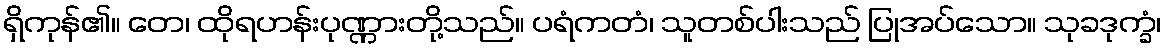
ရှိကုန်၏။ တေ၊ ထိုရဟန်းပုဏ္ဏားတို့သည်။ ပရံကတံ၊ သူတစ်ပါးသည် ပြုအပ်သော။ သုခဒုက္ခံ၊